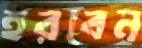
হরবেন